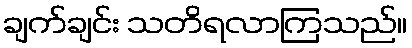
ချက်ချင်း သတိရလာကြသည်။